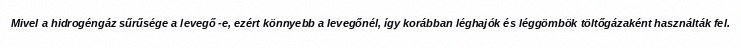
Mivel a hidrogéngáz sűrűsége a levegő -e, ezért könnyebb a levegőnél, így korábban léghajók és léggömbök töltőgázaként használták fel.